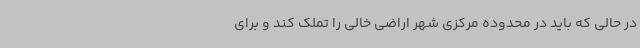
در حالی که باید در محدوده مرکزی شهر اراضی خالی را تملک کند و برای